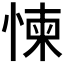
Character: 𱞫